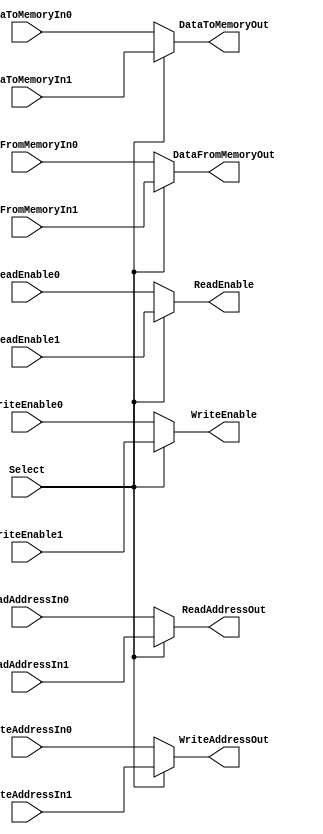
// This program was cloned from: https://github.com/lnis-uofu/SOFA
// License: MIT License

`timescale 1ns / 10ps

module FFEDataMemoryMux (
	input		Select,
	
	input [9:0]		ReadAddressIn0,
	input [9:0]		ReadAddressIn1,
	output[9:0]		ReadAddressOut,
	
	input [9:0]		WriteAddressIn0,
	input [9:0]		WriteAddressIn1,
	output[9:0]		WriteAddressOut,
	
	input [35:0]	DataToMemoryIn0,
	input [35:0]	DataToMemoryIn1,
	output[35:0]	DataToMemoryOut,
	
	input [35:0]	DataFromMemoryIn0,
	input [35:0]	DataFromMemoryIn1,
	output[35:0]	DataFromMemoryOut,
	
	input			ReadEnable0,
	input			ReadEnable1,
	output			ReadEnable,
	
	input			WriteEnable0,
	input			WriteEnable1,
	output			WriteEnable
	);
	
	assign ReadAddressOut = (Select) ? ReadAddressIn1 : ReadAddressIn0;
	assign WriteAddressOut = (Select) ? WriteAddressIn1 : WriteAddressIn0;
	assign DataToMemoryOut = (Select) ? DataToMemoryIn1 : DataToMemoryIn0;
	assign DataFromMemoryOut = (Select) ? DataFromMemoryIn1 : DataFromMemoryIn0;
	assign ReadEnable = (Select) ? ReadEnable1 : ReadEnable0;
	assign WriteEnable = (Select) ? WriteEnable1 : WriteEnable0;

endmodule